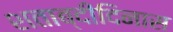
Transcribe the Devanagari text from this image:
शताब्दीदिनास